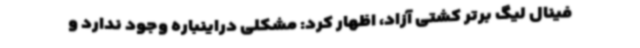
فینال لیگ برتر کشتی آزاد، اظهار کرد: مشکلی دراینباره وجود ندارد و